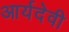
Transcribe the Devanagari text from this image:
आर्यदेवी